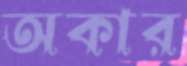
অকার